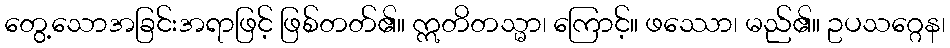
တွေ့သောအခြင်းအရာဖြင့် ဖြစ်တတ်၏။ ဣတိတသ္မာ၊ ကြောင့်။ ဖဿော၊ မည်၏။ ဥပသဂ္ဂေန၊